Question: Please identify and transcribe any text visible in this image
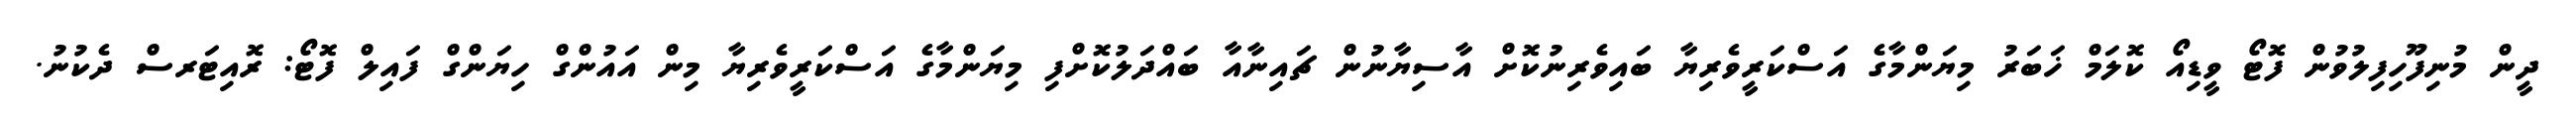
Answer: ދީން މުނިފޫހިފިލުވުން ފޮޓޯ ވީޑިއޯ ކޮލަމް ޚަބަރު މިޔަންމާގެ އަސްކަރީވެރިޔާ ބައިވެރިނުކޮށް އާސިޔާނުން ޗައިނާއާ ބައްދަލުކޮށްފި މިޔަންމާގެ އަސްކަރީވެރިޔާ މިން އައުންގް ހިޔަންގް ފައިލް ފޮޓޯ: ރޮއިޓަރސް ދެކުނު.